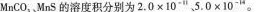
MnCO_{3}，MnS的溶度积分别为2.0×10^{-11}”5.0×10^{-14}”。